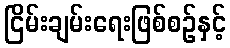
ငြိမ်းချမ်းရေးဖြစ်စဉ်နှင့်